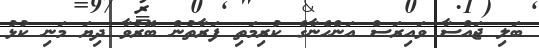
ބަލި ޖައްސާ ވައިރަސް އަންހެނާގެ ކުރިމަތި ފަރާތުން ބޭރުވާ ދިޔަ މަނި ކުޅު